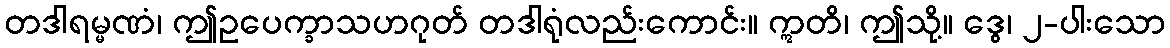
တဒါရမ္မဏံ၊ ဤဥပေက္ခာသဟဂုတ် တဒါရုံလည်းကောင်း။ ဣတိ၊ ဤသို့။ ဒွေ၊ ၂-ပါးသော